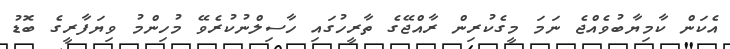
އެކަން ކާމިޔާބުވެއްޖެ ނަމަ މީގެކުރިން ރާއްޖޭގެ ތާރީހުގައި ހާސިލްނުކުރެވޭ މުހިންމު ވިޔަފާރީގެ ބޮޑު